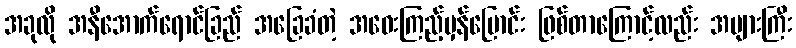
အခုလို အနီအောက်ရောင်ခြည် အခြေခံတဲ့ အဝေးကြည့်မှန်ပြောင်း ဖြစ်တာကြောင့်လည်း အများကြီး